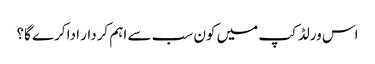
اس ورلڈکپ میں کون سب سے اہم کردار ادا کرے گا؟